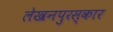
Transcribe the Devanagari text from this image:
लेखनपुरस्कार